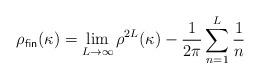
LaTeX: \begin{align*}\rho_{\textsf{fin}}(\kappa) =\lim_{L\to \infty} \rho^{2L}(\kappa) - \frac{1}{2\pi}\sum_{n=1}^{L}\frac{1}{n}\end{align*}